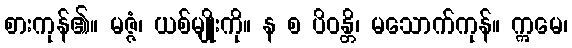
စားကုန်၏။ မဇ္ဇံ၊ ယစ်မျိုးကို။ န စ ပိဝန္တိ၊ မသောက်ကုန်။ ဣမေ၊